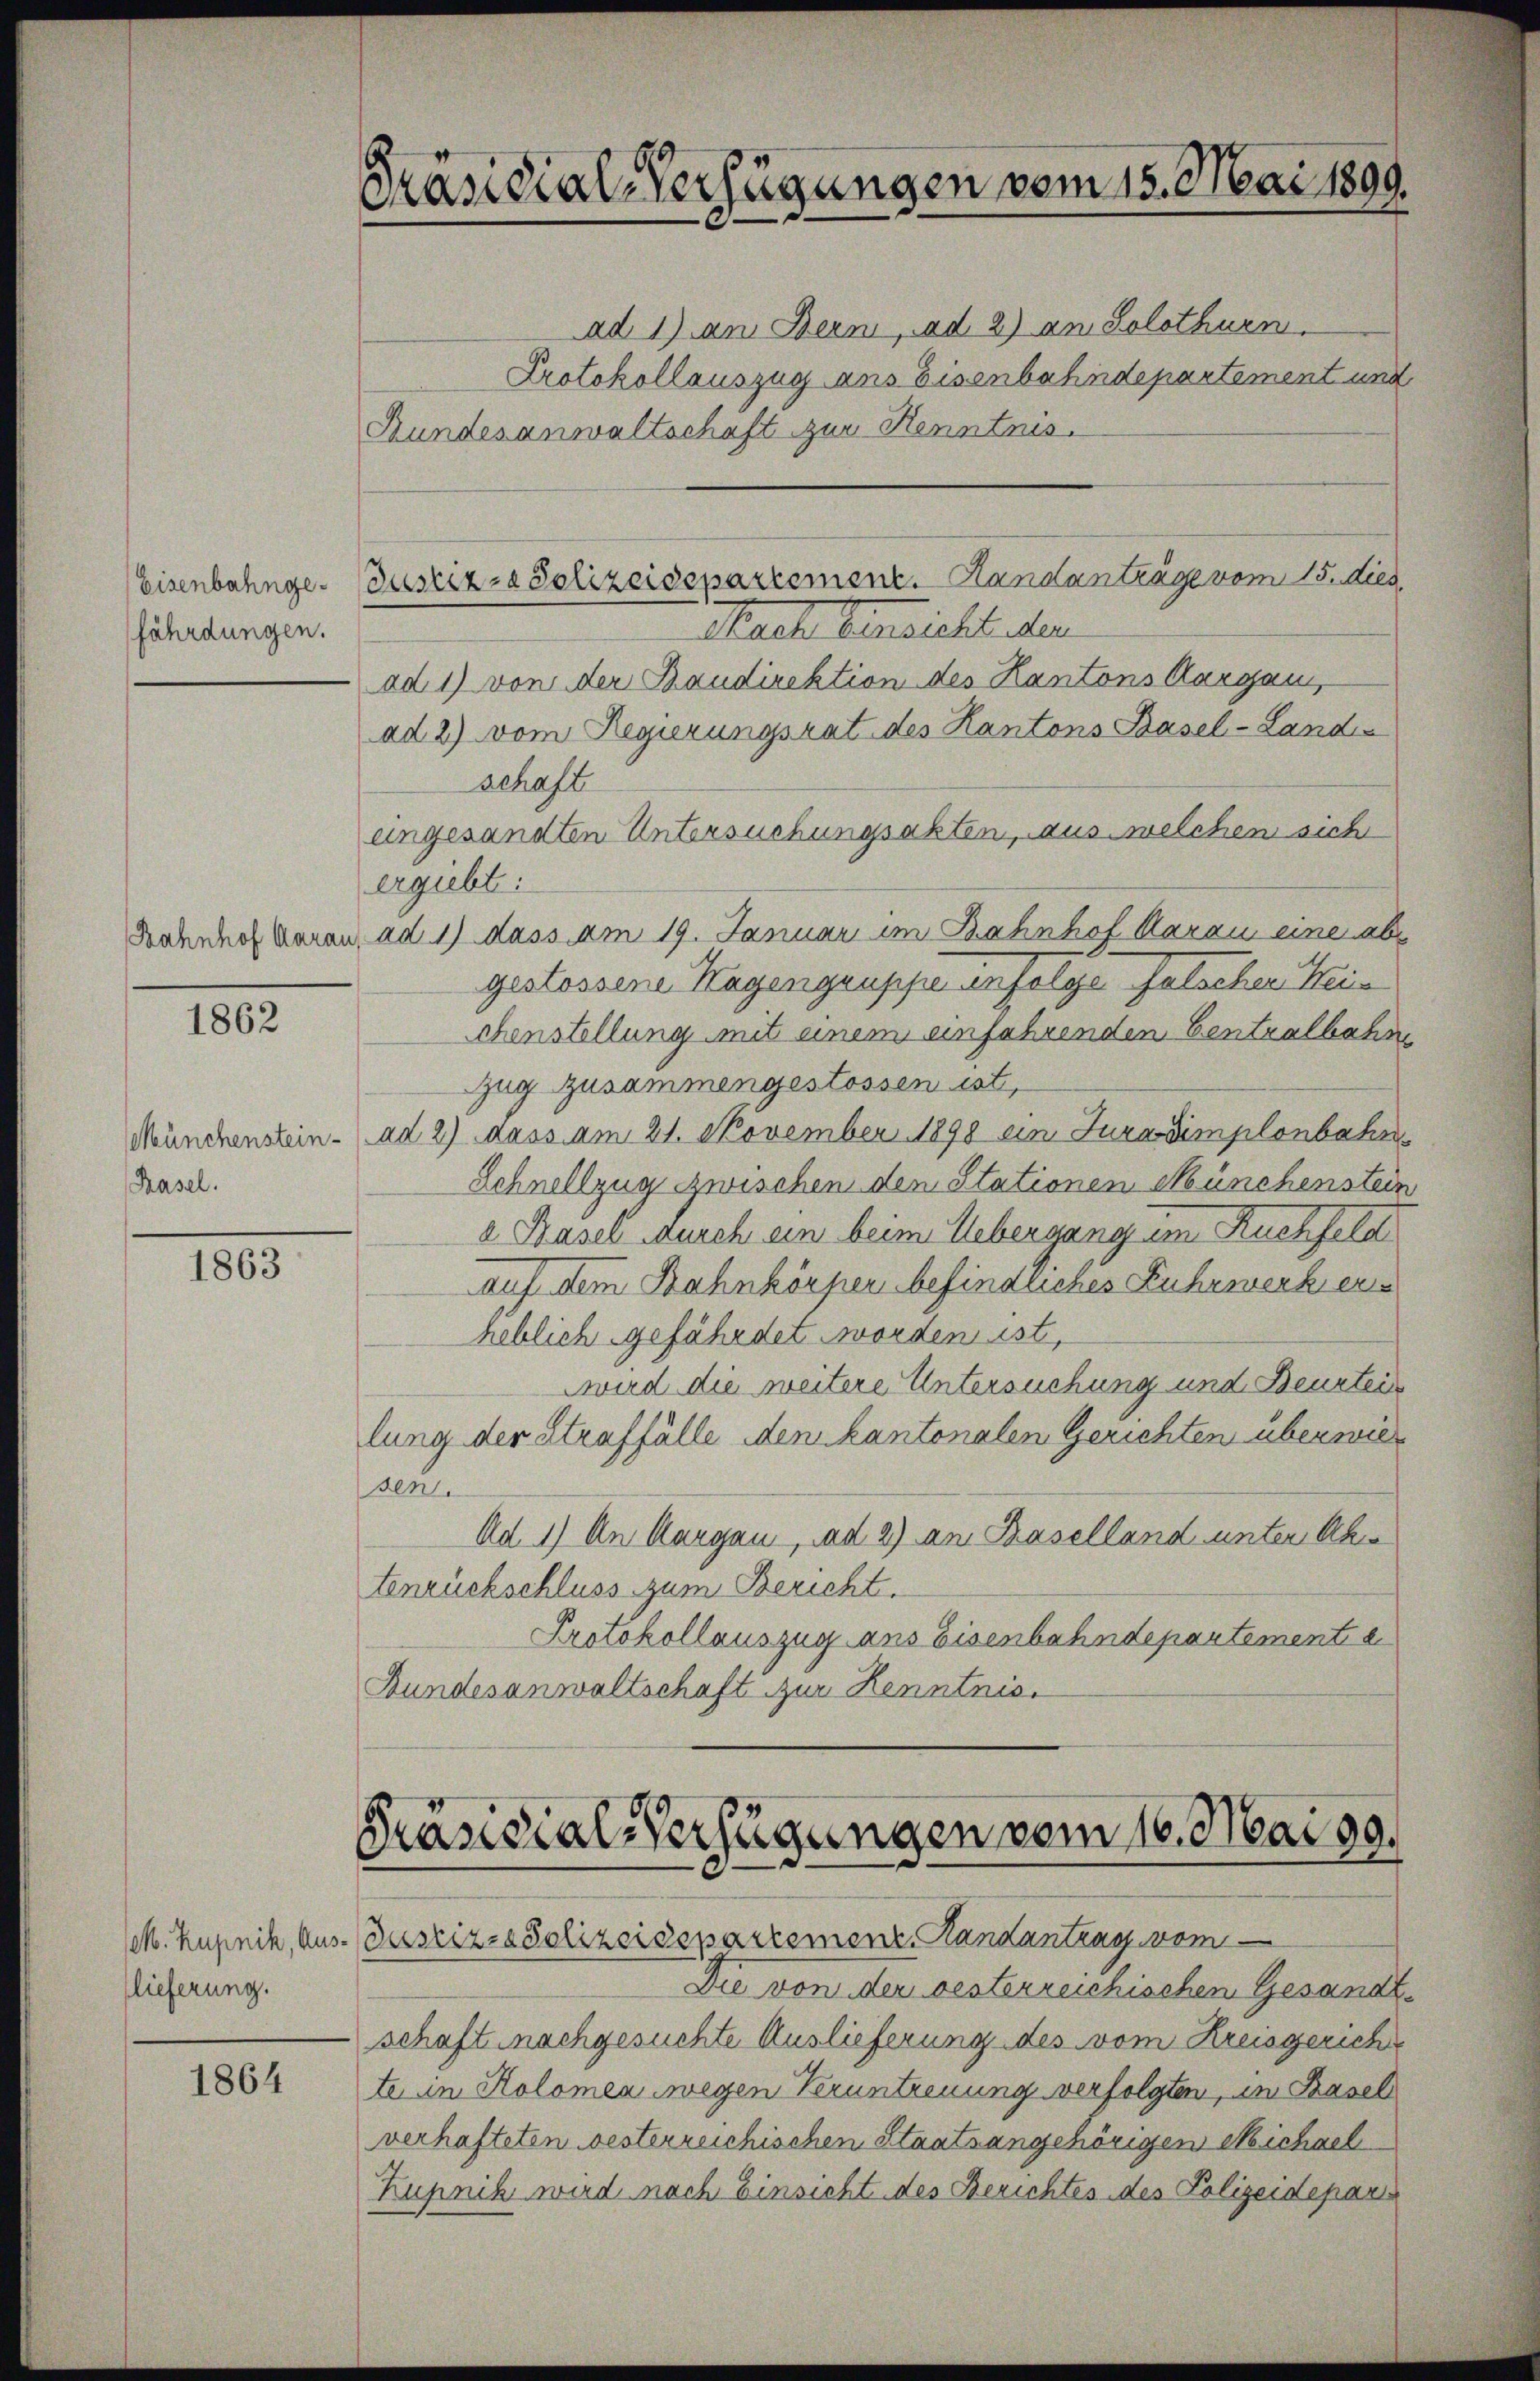
Eisenbahngefährdungen.

1862

Münchenstein¬
Basel.

1863

M. Kupnik, Aus-
lieferung.

1864

Präsidial-Verfügungen vom 15. Mai 1899.

Justiz- & Polizeidepartement. Handanträge vom 15. dies

ad 1) an Bern, ad 2) an Solothurn.
Protokollauszug aus Eisenbahndepartement und
Bundesanwaltschaft zur Kenntnis.
Sache Verzicht der
ad 1) von der Baudirektion des Kantons Aargau,
ad 2) vom Regierungsrat des Kantons Basel-Land-
schaft
eingesandten Untersuchungsakten, aus welchem sich
ergiebt:
Bahnhof voran, ad 1) dass am 19. Januar im Bahnhol darau eine abgestossene Hagengruppe infolge falschen Heichenstellung mit einem einfahrenden Centralbahn
Zug zusammengestossen ist,
ad 2) dass am 21. November 1898 ein Juradimplonbahn¬
Schnellzug zwischen den Stationen Münchenstein
2 Basel durch ein beim Uebergang im Ruchfeld
Auf dem Bahnkörper befindliches Fuhrwerk erheblich gefährdet worden ist,
Wird die weitere Untersuchung und Beurtei
lung der Straffälle den kantonalen Gerichten überwieden
Ad 1) An Aargau, ad 2) an Baselland unter Ahn
tenrückschluss zum Bericht.
Protokollauszug aus Eisenbahndepartement a
Bundesanwaltschaft zur Kenntnis.

Präsidial-Verfügungen vom 16. Mai 19.

Justiz-Polizeidepartement. Handantrag vom
Die von der besterreichischen Gesandtschaft nachgesuchte Auslieferung des vom Kreisgerich
te in Kolomea wegen Veruntreuung verfolgten, in Basel
verhafteten besterreichischen Staatsangehörigen Michael
Kupnih wird nach Einsicht des Berichtes des Polizeideparis